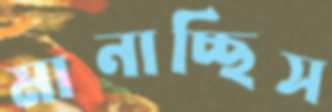
মানাচ্ছিস